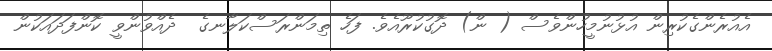
އެއުރެންގެކުރިން އުޅުނުމީހުންވެސް ( ން) ދޮގުކުރޫއެވެ. ފަހެ ތިމަންރަސްކަލާނގެ  ދެއްވުންވީ ކޮންފަދައަކުން